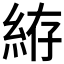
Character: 𱹲